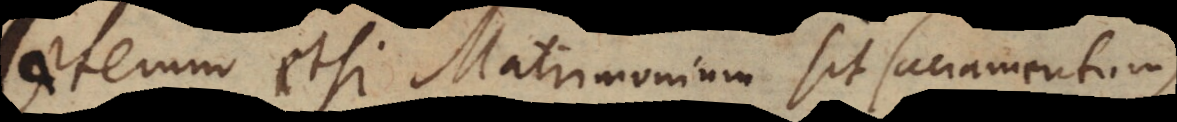
aeterum etsi Matrimonium sit Sacramentum